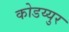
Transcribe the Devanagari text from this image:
कोडय्युर